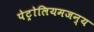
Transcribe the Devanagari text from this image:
पेट्रोलियमजन्य